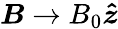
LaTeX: \boldsymbol{B}\to B_{0}\boldsymbol{\hat{z}}